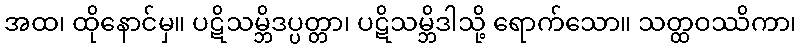
အထ၊ ထိုနောင်မှ။ ပဋိသမ္ဘိဒပ္ပတ္တာ၊ ပဋိသမ္ဘိဒါသို့ ရောက်သော။ သတ္ထဝဿိကာ၊